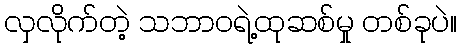
လှလိုက်တဲ့ သဘာဝရဲ့ထုဆစ်မှု တစ်ခုပဲ။